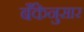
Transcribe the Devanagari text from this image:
बँकेनुसार